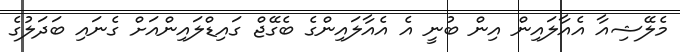
މެލޭޝިއާ އެއާލައިން އިން ބުނީ އެ އެއާލައިންގެ ބެގޭޖް ގައިޑްލައިންއަށް ގެނައި ބަދަލުގެ